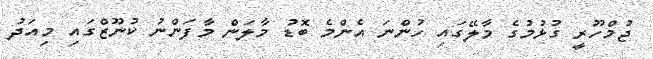
ޖުމްހޫރީ ގުޅުމުގެ މާލޭގައި ހުންނަ އެންމެ ބޮޑު މާލަން މާފަންނު ކުނޫޒްގައި މިއަދު